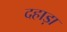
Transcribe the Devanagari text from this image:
दहाड़ा